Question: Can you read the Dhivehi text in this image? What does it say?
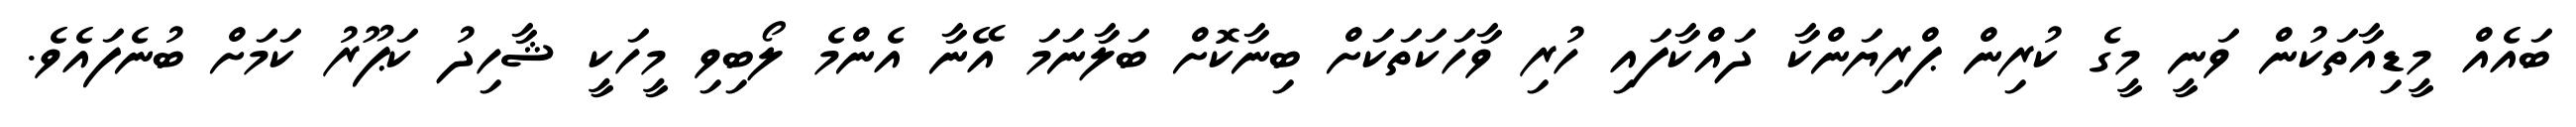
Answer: ބައެއް މީޑިއާތަކުން ވަނީ މީގެ ކުރިން ޕްރިޔަންކާ ދައްކާފައި ހުރި ވާހަކަތަކަށް ބިނާކޮށް ބަލާނަމަ އޭނާ އެންމެ ލޯބިވި މީހަކީ ޝާހިދު ކަޕޫރު ކަމަށް ބުނެފައެވެ.